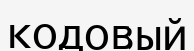
кодовый